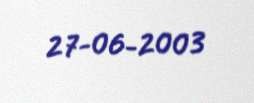
27-06-2003